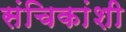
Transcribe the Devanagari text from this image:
संचिकांशी